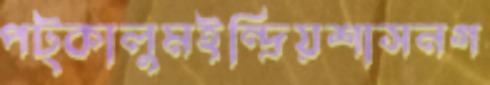
পট্‌কালুমইন্দ্রিয়শাসনগ